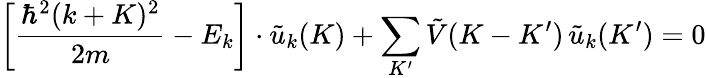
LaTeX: \left[{\frac{\hbar^{2}(k+K)^{2}}{2m}}-E_{k}\right]\cdot{\tilde{u}}_{k}(K)+\sum_{K^{\prime}}{\tilde{V}}(K-K^{\prime})\, {\tilde{u}}_{k}(K^{\prime})=0